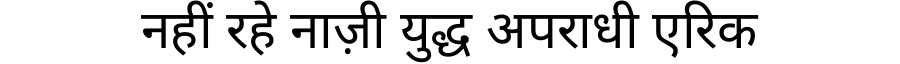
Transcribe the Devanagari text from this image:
नहीं रहे नाज़ी युद्ध अपराधी एरिक